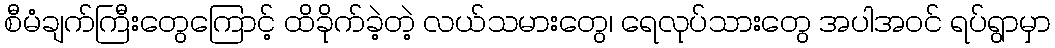
စီမံချက်ကြီးတွေကြောင့် ထိခိုက်ခဲ့တဲ့ လယ်သမားတွေ၊ ရေလုပ်သားတွေ အပါအဝင် ရပ်ရွာမှာ